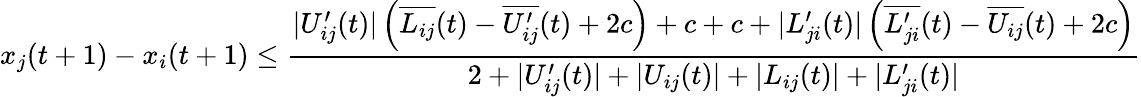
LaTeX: x_{j}(t+1)-x_{i}(t+1)\leq\frac{|U_{ij}^{\prime}(t)|\left(\overline{{L_{ij}}}(t)-\overline{{U_{ij}^{\prime}}}(t)+2c\right)+c+c+|L_{ji}^{\prime}(t)|\left(\overline{{L_{ji}^{\prime}}}(t)-\overline{{U_{ij}}}(t)+2c\right)}{2+|U_{ij}^{\prime}(t)|+|U_{ij}(t)|+|L_{ij}(t)|+|L_{ji}^{\prime}(t)|}